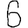
Digit: 6